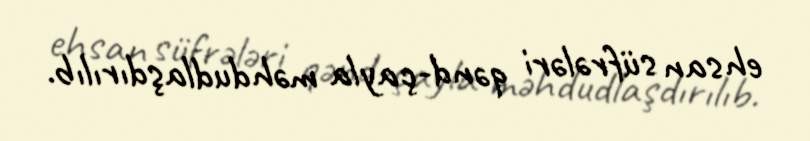
ehsan süfrələri qənd-çayla məhdudlaşdırılıb.